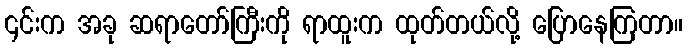
၎င်းက အခု ဆရာတော်ကြီးကို ရာထူးက ထုတ်တယ်လို့ ပြောနေကြတာ။